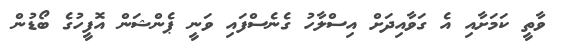
ވާތީ ކަމަށާއި އެ ގަވާއިދަށް އިސްލާހު ގެނެސްފައި ވަނީ ޕެންޝަން އޮފީހުގެ ބޯޑުން